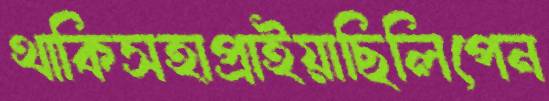
থাকিসহাপ্‌রাইয়াছিলিপেন